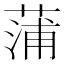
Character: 蒲